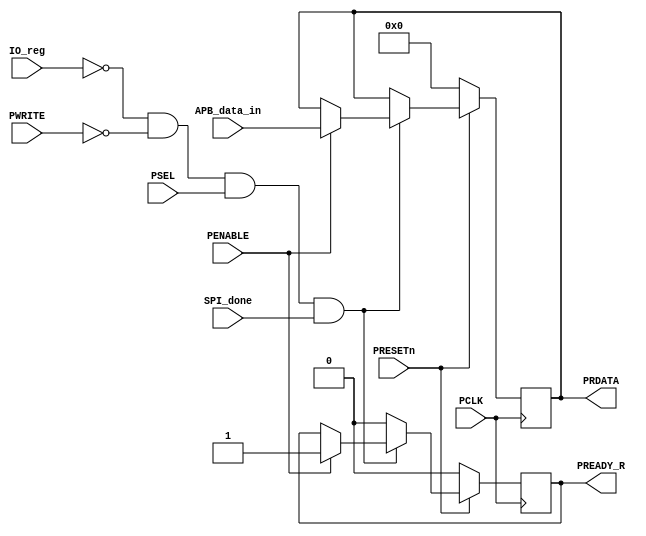
`timescale 1ns / 1ps
//////////////////////////////////////////////////////////////////////////////////
// Company: 
// Engineer: 
// 
// Design Name: 
// Module Name:    ReadHandler 
// Project Name: 
// Target Devices: 
// Tool versions: 
// Description: 
//
// Dependencies: 
//
// Revision: 
// Revision 0.01 - File Created
// Additional Comments: 
//
//////////////////////////////////////////////////////////////////////////////////
module ReadHandler(
		input PCLK, PRESETn,
		input IO_reg,
		input PWRITE,
		input PSEL, PENABLE,
		output [15:0] PRDATA,
		output PREADY_R,
		input [15:0] APB_data_in,
		input SPI_done
    );

reg reg_PREADY_R;
reg [15:0] reg_PRDATA;

always @(posedge PCLK)
begin

	//Reset
	if(PRESETn == 0) begin
		reg_PREADY_R <= 0;
		reg_PRDATA <= 0;
	end
	
	else begin
	
		if(IO_reg == 0 && PWRITE == 0 && PSEL == 1 && SPI_done == 1) begin
			
			if(PENABLE == 1) begin
				reg_PRDATA <= APB_data_in; //T2 phase
				reg_PREADY_R <= 1;
			end
			
		end
		
		else begin
			reg_PREADY_R <= 0;
		end
		
	end
	
end

assign PREADY_R = reg_PREADY_R;
assign PRDATA = reg_PRDATA;

endmodule